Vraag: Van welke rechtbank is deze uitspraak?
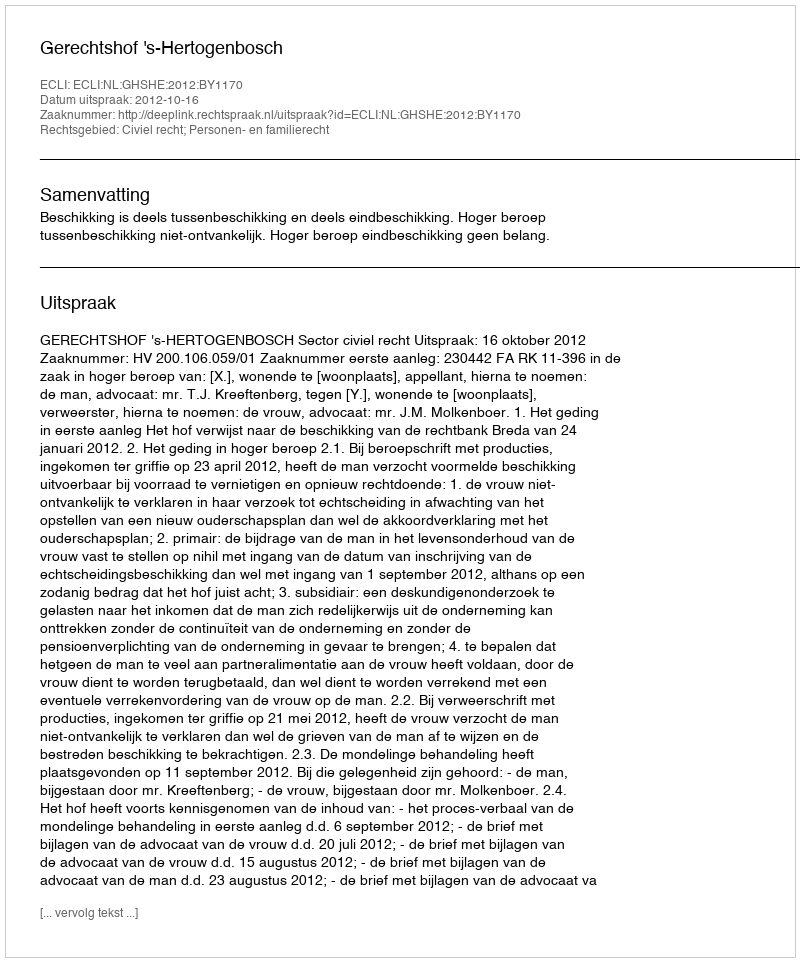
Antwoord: Gerechtshof 's-Hertogenbosch